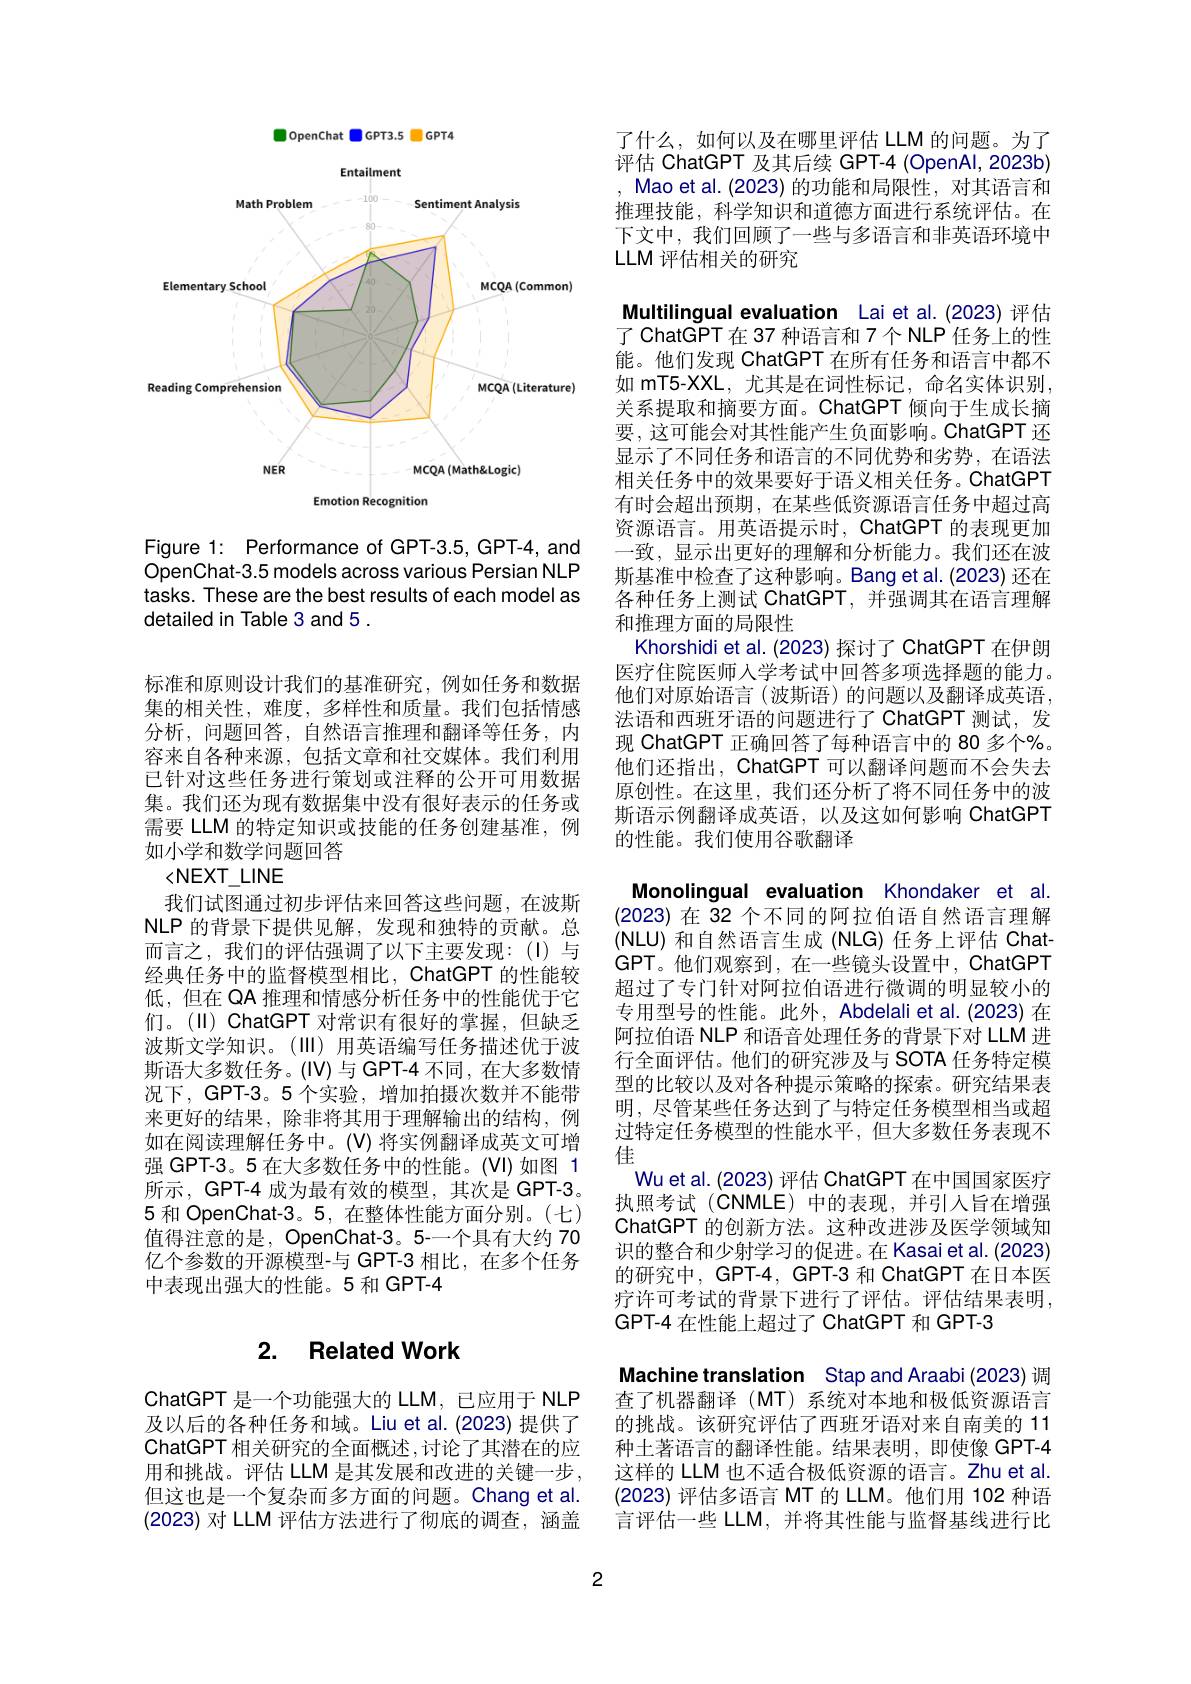
## 2. Related Work

ChatGPT 是一个功能强大的 LLM, 已应用于 NLP 及以后的各种任务和域。Liu et al.(2023)提供了ChatGPT 相关研究的全面概述 ,讨论了其潜在的应用和挑战。评估 LLM 是其发展和改进的关键一步， 但这也是一个复杂而多方面的问题。Chang et al. (2023)对 LLM 评估方法进行了彻底的调查，涵盖

<FigureHere>

Figure 1: Performance of GPT-3.5, GPT-4, and OpenChat-3.5 models across various Persian NLP tasks. These are the best results of each model as detailed in Table 3 and 5 .

标准和原则设计我们的基准研究，例如任务和数据集的相关性，难度，多样性和质量。我们包括情感分析，问题回答，自然语言推理和翻译等任务，内容来自各种来源，包括文章和社交媒体。我们利用已针对这些任务进行策划或注释的公开可用数据集。我们还为现有数据集中没有很好表示的任务或需要 LLM 的特定知识或技能的任务创建基准，例如小学和数学问题回答
$<NEXT\_LINE$
我们试图通过初步评估来回答这些问题，在波斯NLP 的背景下提供见解，发现和独特的贡献。总而言之，我们的评估强调了以下主要发现：(I)与经典任务中的监督模型相比，ChatGPT 的性能较低，但在 QA 推理和情感分析任务中的性能优于它们。(II) ChatGPT 对常识有很好的掌握，但缺乏波斯文学知识。(III) 用英语编写任务描述优于波斯语大多数任务。(IV)与 GPT-4 不同，在大多数情况下，GPT-3。5 个实验，增加拍摄次数并不能带来更好的结果，除非将其用于理解输出的结构，例如在阅读理解任务中。(V)将实例翻译成英文可增强 GPT-3。5 在大多数任务中的性能。(VI)如图 1所示，GPT-4 成为最有效的模型，其次是 GPT-3。5 和 OpenChat-3。5, 在整体性能方面分别。(七) 值得注意的是，OpenChat-3。5-一个具有大约 70 $\overline{\text{亿个参数的开源模型-与 GPT-3 相比，在多个任务}}$ 中表现出强大的性能。5 和 GPT-4

了什么，如何以及在哪里评估 LLM 的问题。为了评估 ChatGPT 及其后续 GPT-4 (OpenAl,2023b) Mao et al. (2023) 的功能和局限性，对其语言和推理技能，科学知识和道德方面进行系统评估。在下文中，我们回顾了一些与多语言和非英语环境中LLM 评估相关的研究

Multilingual evaluation Lai et al.(2023)评估了 ChatGPT 在 37 种语言和 7 个 NLP 任务上的性能。他们发现 ChatGPT 在所有任务和语言中都不如 mT5-XXL, 尤其是在词性标记，命名实体识别， 关系提取和摘要方面。ChatGPT 倾向于生成长摘要，这可能会对其性能产生负面影响。ChatGPT 还显示了不同任务和语言的不同优势和劣势，在语法相关任务中的效果要好于语义相关任务。ChatGPT 有时会超出预期，在某些低资源语言任务中超过高资源语言。用英语提示时，ChatGPT 的表现更加一致，显示出更好的理解和分析能力。我们还在波斯基准中检查了这种影响。Bang et al.(2023) 还在各种任务上测试 ChatGPT,并强调其在语言理解和推理方面的局限性
Khorshidi et al. (2023) 探讨了 ChatGPT 在伊朗医疗住院医师人学考试中回答多项选择题的能力。他们对原始语言(波斯语)的问题以及翻译成英语， 法语和西班牙语的问题进行了 ChatGPT 测试，发现 ChatGPT 正确回答了每种语言中的 80 多个%。他们还指出，ChatGPT 可以翻译问题而不会失去原创性。在这里，我们还分析了将不同任务中的波斯语示例翻译成英语，以及这如何影响 ChatGPT 的性能。我们使用谷歌翻译

Monolingual evaluation Khondaker et al. (2023)在 32 个不同的阿拉伯语自然语言理解(NLU)和自然语言生成(NLG)任务上评估 ChatGPT。他们观察到，在一些镜头设置中，ChatGPT 超过了专门针对阿拉伯语进行微调的明显较小的专用型号的性能。此外，Abdelali et al. (2023) 在阿拉伯语 NLP 和语音处理任务的背景下对 LLM 进行全面评估。他们的研究涉及与 SOTA 任务特定模型的比较以及对各种提示策略的探索。研究结果表明，尽管某些任务达到了与特定任务模型相当或超过特定任务模型的性能水平，但大多数任务表现不佳
Wu et al. (2023) 评估 ChatGPT 在中国国家医疗执照考试(CNMLE)中的表现，并引入旨在增强ChatGPT 的创新方法。这种改进涉及医学领域知识的整合和少射学习的促进。在 Kasai et al. (2023) 的研究中，GPT-4, GPT-3 和 ChatGPT 在日本医疗许可考试的背景下进行了评估。评估结果表明， GPT-4 在性能上超过了 ChatGPT 和 GPT-3
Machine translation Stap and Araabi (2023) 调查了机器翻译 (MT)系统对本地和极低资源语言的挑战。该研究评估了西班牙语对来自南美的 11种土著语言的翻译性能。结果表明，即使像 GPT-4

这样的 LLM 也不适合极低资源的语言。Zhu et al. (2023)评估多语言 MT 的 LLM。他们用 102 种语言评估一些 LLM, 并将其性能与监督基线进行比

2